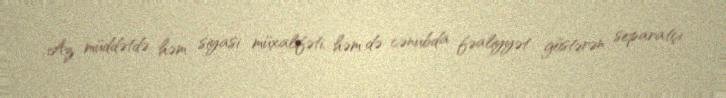
Az müddətdə həm siyasi müxalifəti, həm də cənubda fəaliyyət göstərən separatçı